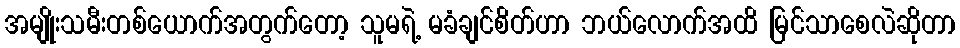
အမျိုးသမီးတစ်ယောက်အတွက်တော့ သူမရဲ့ မခံချင်စိတ်ဟာ ဘယ်လောက်အထိ မြင်သာစေလဲဆိုတာ